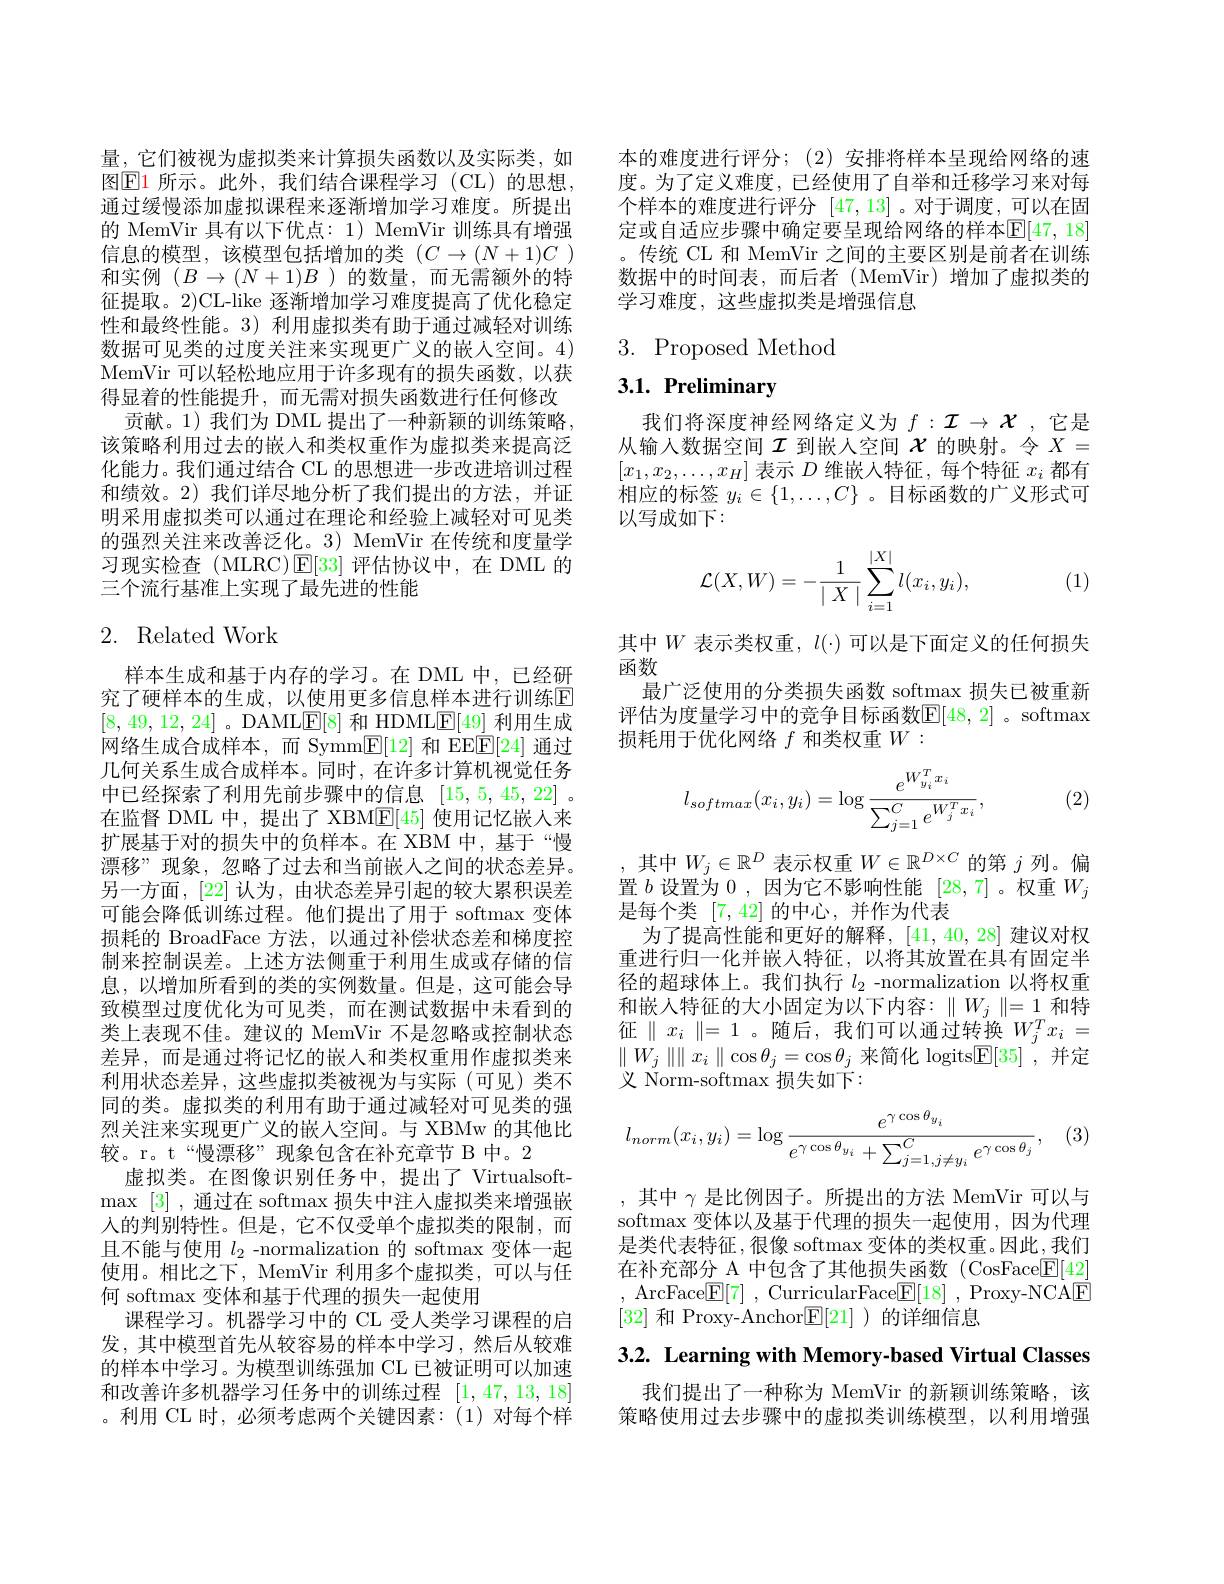
量，它们被视为虚拟类来计算损失函数以及实际类，如图$\operatorname{El}$ 所示。此外，我们结合课程学习(CL)的思想， 通过缓慢添加虚拟课程来逐渐增加学习难度。所提出的 MemVir 具有以下优点：1) MemVir 训练具有增强信息的模型，该模型包括增加的类($C\to(N+1)C$) 和实例$(B\to(N+1)B$)的数量，而无需额外的特征提取。2)CL-like 逐渐增加学习难度提高了优化稳定性和最终性能。3) 利用虚拟类有助于通过减轻对训练数据可见类的过度关注来实现更广义的嵌人空间。4) MemVir 可以轻松地应用于许多现有的损失函数，以获得显着的性能提升，而无需对损失函数进行任何修改
贡献。1) 我们为 DML 提出了一种新颖的训练策略， 该策略利用过去的嵌入和类权重作为虚拟类来提高泛化能力。我们通过结合 CL 的思想进一步改进培训过程和绩效。2)我们详尽地分析了我们提出的方法，并证明采用虚拟类可以通过在理论和经验上减轻对可见类的强烈关注来改善泛化。3) MemVir 在传统和度量学习现实检查(MLRC)$\operatorname{E}[33]$评估协议中，在 DML 的三个流行基准上实现了最先进的性能

## 2. Related Work

样本生成和基于内存的学习。在 DML 中，已经研究了硬样本的生成，以使用更多信息样本进行训练$\mathbb{E}$ [8,49,12,24] 。DAMLE[8] 和 HDMLE[49] 利用生成网络生成合成样本，而 Symm$\underline{\mathrm{E}}[12]$和 EEE[24] 通过几何关系生成合成样本。同时，在许多计算机视觉任务中已经探索了利用先前步骤中的信息[15,5,45,22] 。在监督 DML 中，提出了 XBM$\mathbb{E}[45]$使用记忆嵌人来扩展基于对的损失中的负样本。在 XBM 中，基于“慢漂移”现象，忽略了过去和当前嵌人之间的状态差异。另一方面，[22] 认为，由状态差异引起的较大累积误差可能会降低训练过程。他们提出了用于 softmax 变体损耗的 BroadFace 方法，以通过补偿状态差和梯度控制来控制误差。上述方法侧重于利用生成或存储的信息，以增加所看到的类的实例数量。但是，这可能会导致模型过度优化为可见类，而在测试数据中未看到的类上表现不佳。建议的 MemVir 不是忽略或控制状态差异，而是通过将记忆的嵌入和类权重用作虚拟类来利用状态差异，这些虚拟类被视为与实际(可见)类不同的类。虚拟类的利用有助于通过减轻对可见类的强烈关注来实现更广义的嵌入空间。与 XBMw 的其他比较。r。t“慢漂移”现象包含在补充章节 B 中。2
虚拟类。在图像识别任务中，提出了 Virtualsoft- $\operatorname* { max}$ [3] ,通过在 softmax 损失中注人虚拟类来增强嵌入的判别特性。但是，它不仅受单个虚拟类的限制，而且不能与使用$l_2$ -normalization 的 softmax 变体一起使用。相比之下，MemVir 利用多个虚拟类，可以与任何 softmax 变体和基于代理的损失一起使用
课程学习。机器学习中的 CL 受人类学习课程的启发，其中模型首先从较容易的样本中学习，然后从较难的样本中学习。为模型训练强加 CL 已被证明可以加速和改善许多机器学习任务中的训练过程[1,47,13,18] 。利用 CL 时，必须考虑两个关键因素：(1)对每个样

本的难度进行评分；(2)安排将样本呈现给网络的速度。为了定义难度，已经使用了自举和迁移学习来对每个样本的难度进行评分[47,13] 。对于调度，可以在固定或自适应步骤中确定要呈现给网络的样本$\mathbb{E}[47,18]$ 。传统 CL 和 MemVir 之间的主要区别是前者在训练数据中的时间表，而后者(MemVir)增加了虚拟类的学习难度，这些虚拟类是增强信息

# 3. Proposed Method

# 3.1. Preliminary

我们将深度神经网络定义为$f:\mathcal{I}\to\mathcal{X}$ ,它是从输入数据空间$\mathcal{I}$到嵌人空间$\mathcal{X}$的映射。令$X=$ $[x_{1},x_{2},\ldots,x_{H}]$表示$D$维嵌入特征，每个特征$x_i$都有相应的标签$y_i\in\{1,\ldots,C\}$ 。目标函数的广义形式可以写成如下：
$$\mathcal{L}(X,W)=-\frac{1}{\mid X\mid}\sum_{i=1}^{|X|}l(x_i,y_i),$$
(1)

其中$W$表示类权重，$l(\cdot)$可以是下面定义的任何损失
函数
最广泛使用的分类损失函数 softmax 损失已被重新评估为度量学习中的竞争目标函数$\mathbb{E}[48,2]$ 。softmax 损耗用于优化网络$f$和类权重$W:$

(2)
$$l_{softmax}(x_i,y_i)=\log\frac{e^{W_{y_i}^Tx_i}}{\sum_{j=1}^Ce^{W_j^Tx_i}},$$
,其中$W_j\in\mathbb{R}^D$表示权重$W\in\mathbb{R}^D\times C$的第$j$列。偏置$b$设置为0，因为它不影响性能[28,7]。权重$W_j$ 是每个类[7,42]的中心，并作为代表
为了提高性能和更好的解释，[41,40,28]建议对权重进行归一化并嵌入特征，以将其放置在具有固定半径的超球体上。我们执行$l_2$ -normalization 以将权重和嵌入特征的大小固定为以下内容：$\parallel W_j\parallel=1$和特征$\parallel x_i\parallel=1$。随后，我们可以通过转换$W_j^Tx_i=$ $\parallel W_{j}\parallel\parallel x_{i}\parallel\cos\theta_{j}=\cos\theta_{j}$来简化 logits$\mathbb{E}[35]$,并定义 Norm-softmax 损失如下：

, (3)
$$l_{norm}(x_i,y_i)=\log\frac{e^{\gamma\cos\theta_{y_i}}}{e^{\gamma\cos\theta_{y_i}}+\sum_{j=1,j\neq y_i}^{C}e^{\gamma\cos\theta_j}},$$
,其中$\gamma$是比例因子。所提出的方法 MemVir 可以与softmax 变体以及基于代理的损失一起使用，因为代理是类代表特征，很像 softmax 变体的类权重。因此，我们在补充部分 A 中包含了其他损失函数 (CosFace$\underline{\mathrm{F}}[42]$ ,ArcFace$\boxed{\mathrm{F} }[ 7]$ ,CurricularFace$\boxed{\mathrm{F} }[ 18]$ ,Proxy-NCAE [32]和 Proxy-Anchor$\underline{\mathrm{E}}[21]$ )的详细信息

3.2. Learning with Memory-based Virtual Classes

我们提出了一种称为 MemVir 的新颖训练策略，该策略使用过去步骤中的虚拟类训练模型，以利用增强